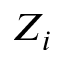
Z _ { i }